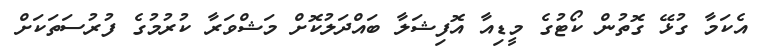
އެކަމާ ގުޅޭ ގޮތުން ކޯޓުގެ މީޑިއާ އޮފިޝަލާ ބައްދަލުކޮށް މަޝްވަރާ ކުރުމުގެ ފުރުސަތަކަށް